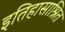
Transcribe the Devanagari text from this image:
इतिहासाश्रित